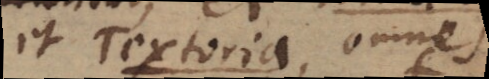
et Textoria, omnes